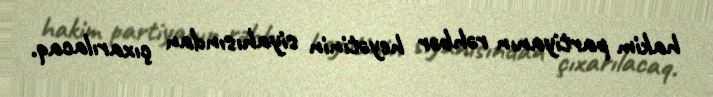
hakim partiyanın rəhbər heyətinin siyahısından çıxarılacaq.